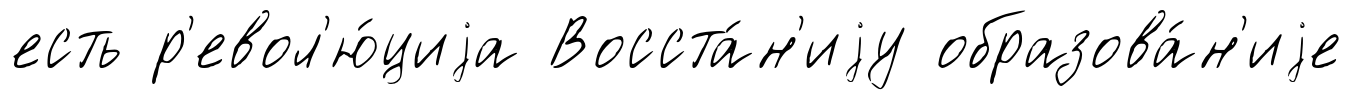
есть р'евол'ю́циjа Восста́н'иjу образова́н'иjе